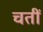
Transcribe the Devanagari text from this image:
चतीं